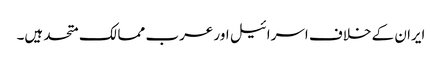
ایران کے خلاف اسرائیل اور عرب ممالک متحد ہیں۔